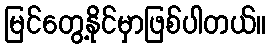
မြင်တွေ့နိုင်မှာဖြစ်ပါတယ်။